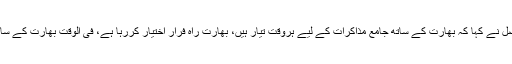
ایک سوال کے جواب میں ڈاکٹر فیصل نے کہا کہ بھارت کے ساتھ جامع مذاکرات کے لیے ہروقت تیار ہیں، بھارت راہ فرار اختیار کررہا ہے، فی الوقت بھارت کے ساتھ کوئی اہم پیشرفت متوقع نہیں ہے۔